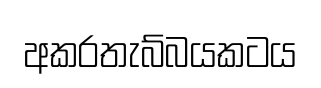
අකරතැබ්බයකටය